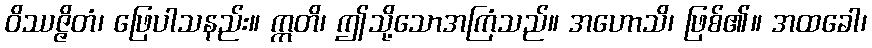
ဝိဿဇ္ဇိတံ၊ ဖြေပါသနည်း။ ဣတိ၊ ဤသို့သောအကြံသည်။ အဟောသိ၊ ဖြစ်၏။ အထခေါ၊